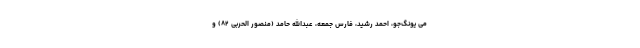
می یونگ‌جو، احمد رشید، فارس جمعه، عبدالله حامد (منصور الحربی ۸۲) و